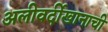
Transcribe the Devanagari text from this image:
अलीवर्दीखानाची